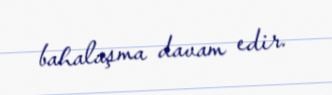
bahalaşma davam edir.